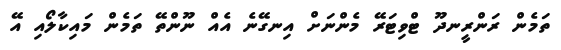
ތަމެން ރަންރީނދޫ ޓްވިޓަރޭ މެންނަށް އިނގޭނެ އެއް ނޫންތޭ ތަމެން މައިކާލޯއި އޭ